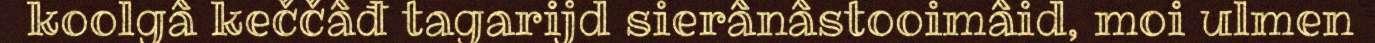
koolgâ keččâđ tagarijd sierânâstooimâid, moi ulmen